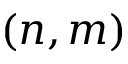
( n , m )